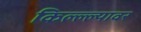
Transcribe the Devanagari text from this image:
किल्ल्ल्यावर